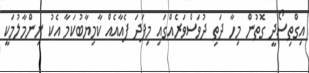
އިގްތިސޯދީ ގޮތުން މިހާ ދަތި ދުވަސްވަރެއްގައި މިފަދަ ފެއާއެއް ކާމިޔާބުކަމާ އެކު ނިންމާލުމަކީ